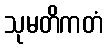
သုမတိကတံ